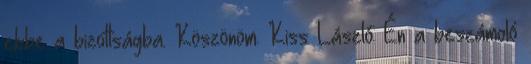
ebbe a bizottságba. Köszönöm. Kiss László: Én a beszámoló